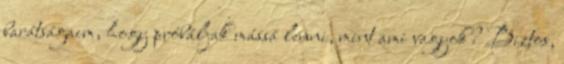
barátságaim, hogy próbáljak mássá lenni, mint ami vagyok? Biztos,